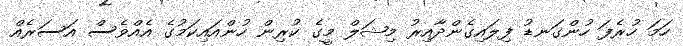
ހަމަ ހުރެފަ ހުންގަނޑު ފިލައިގެންދާއިރު މިޝަލް މީގެ ކުރިން ހުންއައިކަމުގެ އެއްވެސް އަސަރެއް